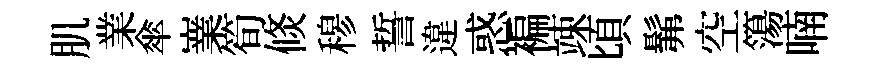
肌業傘嶪筍倐𥠇誓違惑褊竦頃髴空簜喃